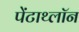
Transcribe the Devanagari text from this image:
पेंटाथ्लॉन